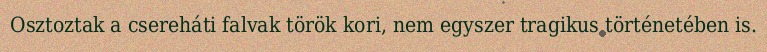
Osztoztak a csereháti falvak török kori, nem egyszer tragikus történetében is.